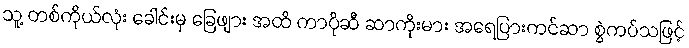
သူ့ တစ်ကိုယ်လုံး ခေါင်းမှ ခြေဖျား အထိ ကာပိုဆီ ဆာကိုးမား အရေပြားကင်ဆာ စွဲကပ်သဖြင့်